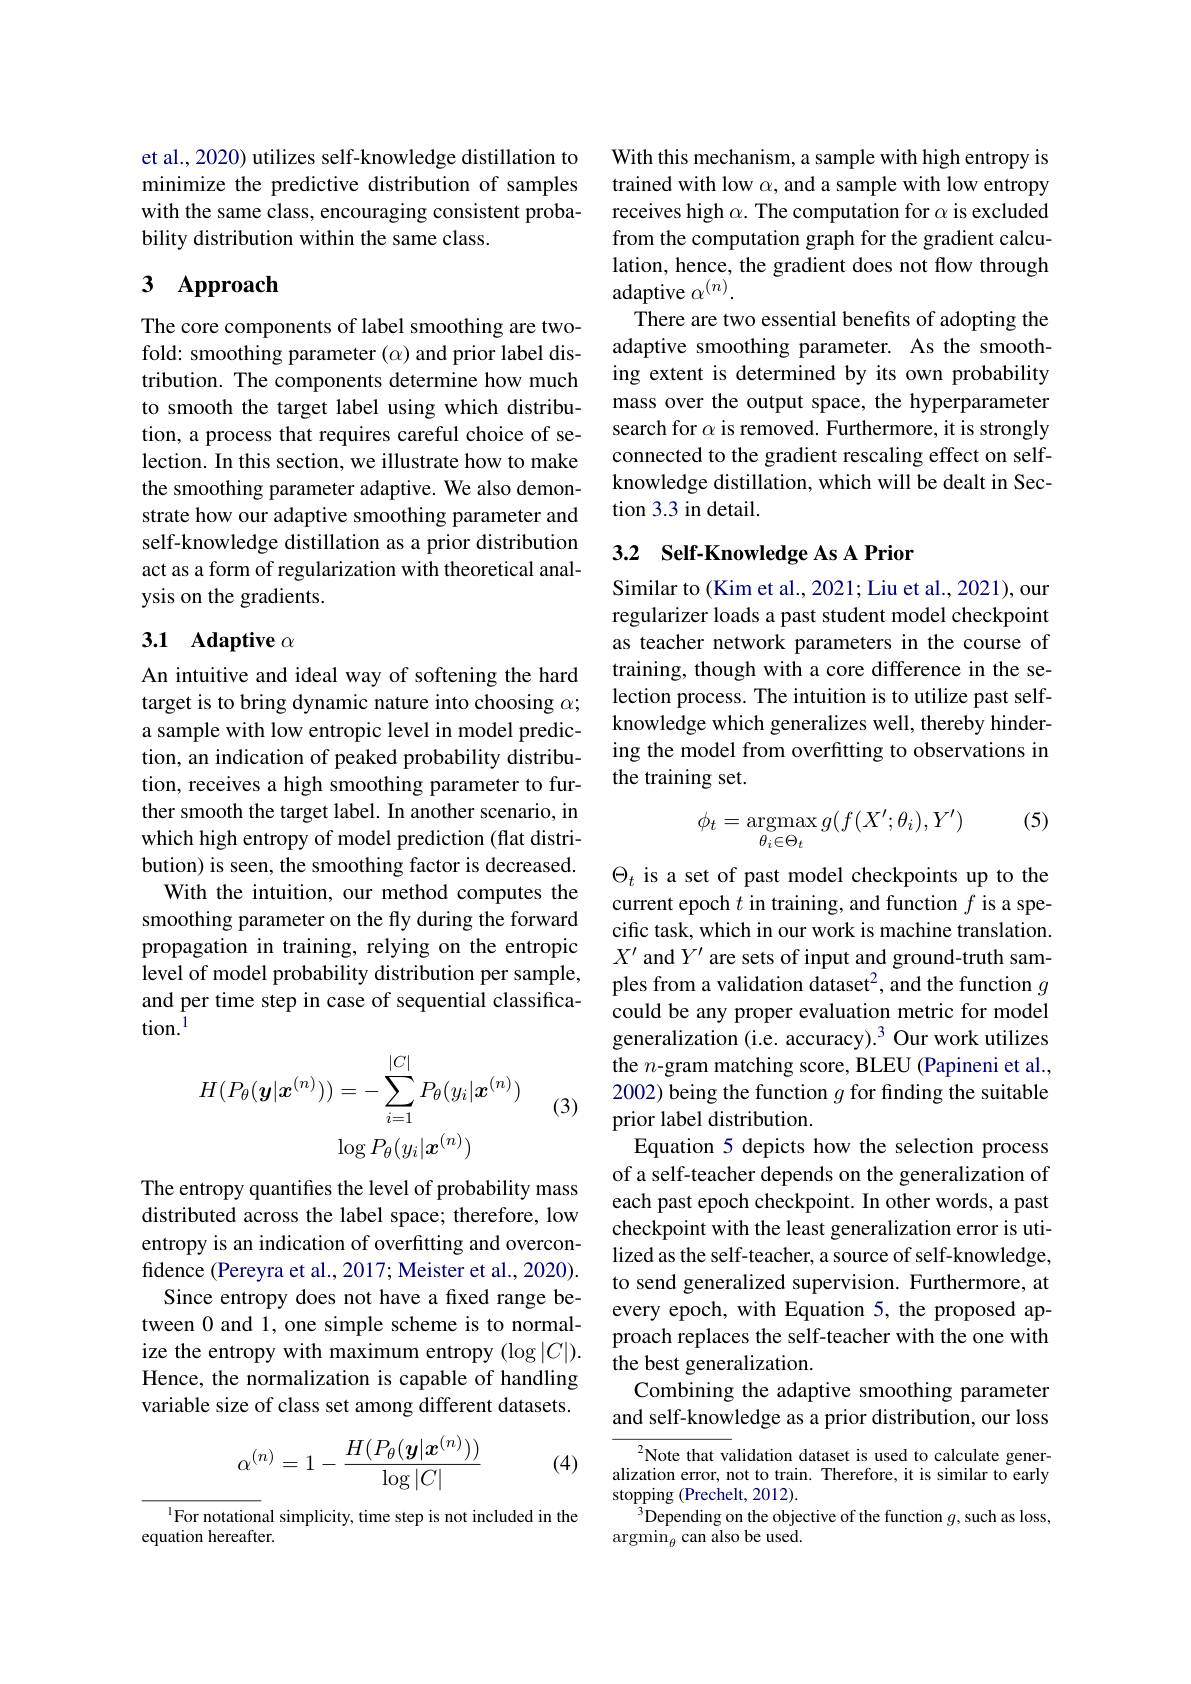
et al., 2020) utilizes self-knowledge distillation to minimize the predictive distribution of samples with the same class, encouraging consistent probability distribution within the same class.

## 3 $\mathbf{Approach}$

The core components of label smoothing are twofold: smoothing parameter $(\alpha)$ and prior label distribution. The components determine how much to smooth the target label using which distribution, a process that requires careful choice of selection. In this section, we illustrate how to make the smoothing parameter adaptive. We also demonstrate how our adaptive smoothing parameter and self-knowledge distillation as a prior distribution act as a form of regularization with theoretical analysis on the gradients.

## 3.1 Adaptive $\alpha$

An intuitive and ideal way of softening the hard target is to bring dynamic nature into choosing $\alpha;$ a sample with low entropic level in model prediction, an indication of peaked probability distribution, receives a high smoothing parameter to further smooth the target label. In another scenario, in which high entropy of model prediction (flat distribution) is seen, the smoothing factor is decreased.
With the intuition, our method computes the smoothing parameter on the fly during the forward propagation in training, relying on the entropic level of model probability distribution per sample, and per time step in case of sequential classification.$^{1}$

(3)
$$H(P_{\theta}(\boldsymbol{y}|\boldsymbol{x}^{(n)}))=-\sum_{i=1}^{|C|}P_{\theta}(y_{i}|\boldsymbol{x}^{(n)})\\\log P_{\theta}(y_{i}|\boldsymbol{x}^{(n)})$$
The entropy quantifes the level of probability mass distributed across the label space; therefore, low entropy is an indication of overfitting and overconfidence (Pereyra et al., 2017; Meister et al., 2020).
Since entropy does not have a fixed range between 0 and 1, one simple scheme is to normalHence, the normalization is capable of handling variable size of class set among different datasets.
$$\alpha^{(n)}=1-\frac{H(P_\theta(\boldsymbol{y}|\boldsymbol{x}^{(n)}))}{\log|C|}$$
(4)

$^{1}$For notational simplicity, time step is not included in the
equation hereafter.

With this mechanism, a sample with high entropy is trained with low $\alpha$, and a sample with low entropy receives high $\alpha.$ The computation for $\alpha$ is excluded from the computation graph for the gradient calculation, hence, the gradient does not flow through adaptive $\alpha^{(n)}.$
There are two essential benefits of adopting the adaptive smoothing parameter. As the smoothing extent is determined by its own probability mass over the output space, the hyperparameter search for $\alpha$ is removed. Furthermore, it is strongly connected to the gradient rescaling effect on selfknowledge distillation, which will be dealt in Section 3.3 in detail.

## 3.2 Self-Knowledge As A Prior

Similar to (Kim et al., 2021; Liu et al., 2021), our regularizer loads a past student model checkpoint as teacher network parameters in the course of training, though with a core difference in the selection process. The intuition is to utilize past selfknowledge which generalizes well, thereby hindering the model from overfitting to observations in the training set.

(5)
$$\phi_t=\mathop{\mathrm{argmax}}\limits_{\theta_i\in\Theta_t}g(f(X';\theta_i),Y')$$
$\Theta_t$ is a set of past model checkpoints up to the current epoch $t$ in training, and function $f$ is a specific task, which in our work is machine translation. $X^{\prime}$ and $Y^\prime$ are sets of input and ground-truth samples from a validation dataset$^2$, and the function $g$ could be any proper evaluation metric for model generalization (i.e. accuracy).$^3$ Our work utilizes the $n$-gram matching score, BLEU (Papineni et al., 2002) being the function $g$ for finding the suitable prior label distribution.
Equation 5 depicts how the selection process of a self-teacher depends on the generalization of each past epoch checkpoint. In other words, a past checkpoint with the least generalization error is utilized as the self-teacher, a source of self-knowledge, to send generalized supervision. Furthermore, at every epoch, with Equation 5, the proposed approach replaces the self-teacher with the one with
ize the entropy with maximum entropy $( \log | C| ) .$ the best generalization.
Combining the adaptive smoothing parameter and self-knowledge as a prior distribution, our loss
Note that validation dataset is used to calculate gener-

alization error, not to train. Therefore, it is similar to early
stopping (Prechelt, 2012).
$^{3}$Depending on the objective of the function $g$,such as loss,
$\operatorname{argmin}_{\theta}$can also be used.